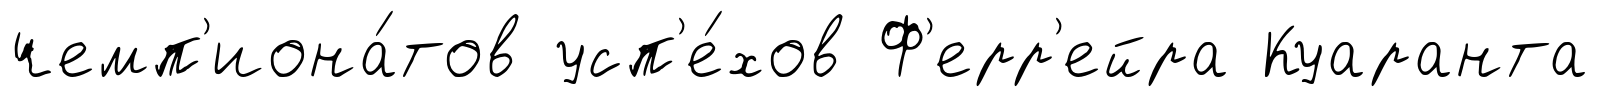
чемп'иона́тов усп'е́хов Ф'ерр'ейра Куаранта